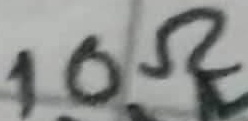
Text: 10Ω